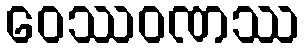
ဝေဿဝဏဿ